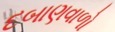
દબાણવાળો